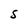
Character: S